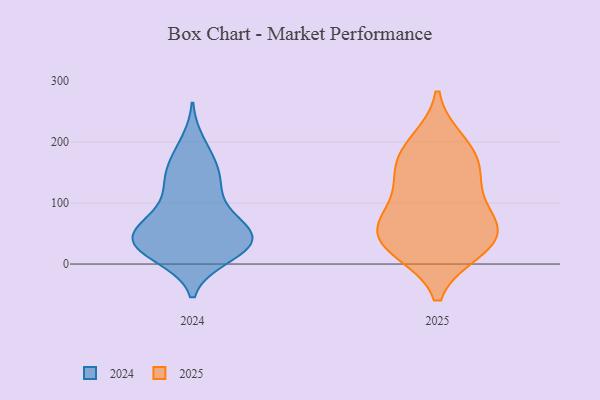
{"axis": {"x": "Inventory Turnover", "y": "Value"}, "legend": ["2024", "2025"], "data": [{"x": "", "y": 159, "type": "2025"}, {"x": "", "y": 187, "type": "2025"}, {"x": "", "y": 55, "type": "2025"}, {"x": "", "y": 28, "type": "2025"}, {"x": "", "y": 149, "type": "2025"}, {"x": "", "y": 127, "type": "2025"}, {"x": "", "y": 29, "type": "2025"}, {"x": "", "y": 68, "type": "2025"}, {"x": "", "y": 23, "type": "2025"}, {"x": "", "y": 60, "type": "2025"}, {"x": "", "y": 200, "type": "2025"}, {"x": "", "y": 83, "type": "2025"}, {"x": "", "y": 63, "type": "2024"}, {"x": "", "y": 136, "type": "2024"}, {"x": "", "y": 36, "type": "2024"}, {"x": "", "y": 59, "type": "2024"}, {"x": "", "y": 62, "type": "2024"}, {"x": "", "y": 198, "type": "2024"}, {"x": "", "y": 157, "type": "2024"}, {"x": "", "y": 124, "type": "2024"}, {"x": "", "y": 96, "type": "2024"}, {"x": "", "y": 34, "type": "2024"}, {"x": "", "y": 27, "type": "2024"}, {"x": "", "y": 13, "type": "2024"}, {"x": "", "y": 29, "type": "2024"}, {"x": "", "y": 38, "type": "2024"}, {"x": "", "y": 139, "type": "2024"}, {"x": "", "y": 12, "type": "2024"}, {"x": "", "y": 32, "type": "2024"}, {"x": "", "y": 73, "type": "2024"}, {"x": "", "y": 49, "type": "2024"}, {"x": "", "y": 174, "type": "2024"}]}